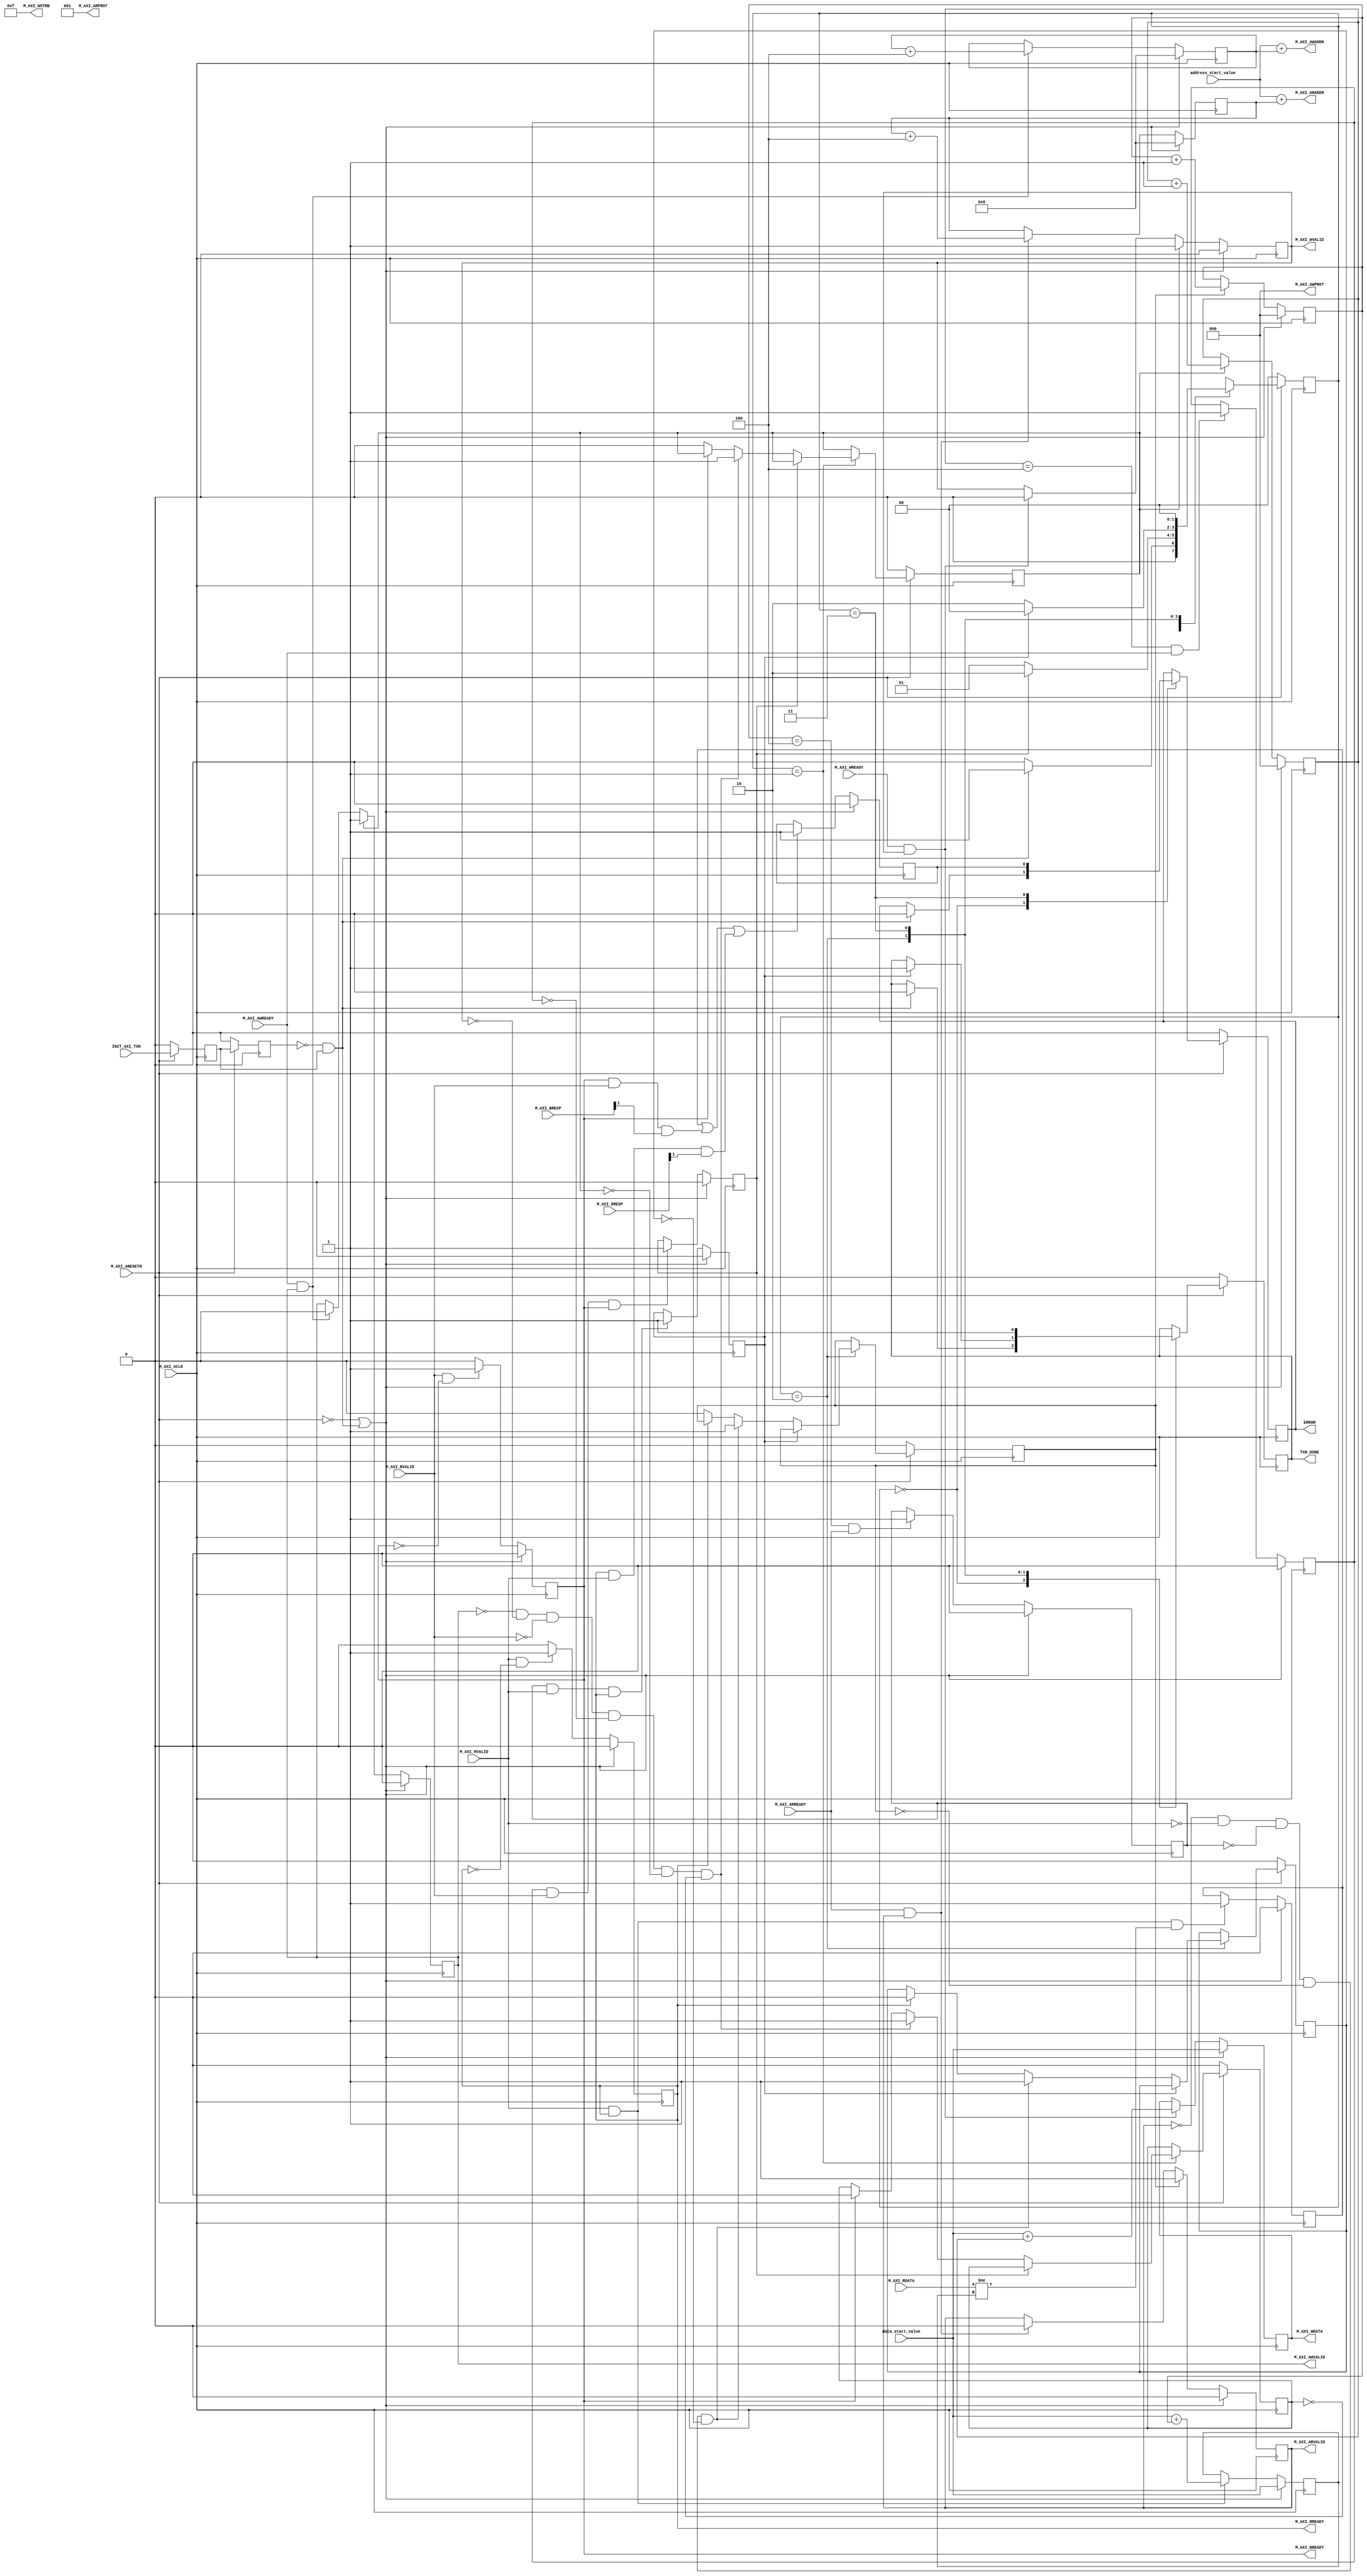

`timescale 1 ns / 1 ps

	module axis_master_ReadWrite_v1_0_M00_AXI #
	(
		// Users to add parameters here

		// User parameters ends
		// Do not modify the parameters beyond this line

		// The master will start generating data from the data_start_value The master requires a target slave base address.
    // The master will initiate read and write transactions on the slave with base address specified here as a parameter.
		// Width of M_AXI address bus. 
    // The master generates the read and write addresses of width specified as C_M_AXI_ADDR_WIDTH.
		parameter integer C_M_AXI_ADDR_WIDTH	= 32,
		// Width of M_AXI data bus. 
    // The master issues write data and accept read data where the width of the data bus is C_M_AXI_DATA_WIDTH
		parameter integer C_M_AXI_DATA_WIDTH	= 32,
		// Transaction number is the number of write 
    // and read transactions the master will perform as a part of this example memory test.
		parameter integer C_M_TRANSACTIONS_NUM	= 4
	)
	(
		// Users to add ports here
    input wire [31:0]address_start_value,
    input wire  [31:0]data_start_value,
		// User ports ends
		// Do not modify the ports beyond this line

		// Initiate AXI transactions
		input wire  INIT_AXI_TXN,
		// Asserts when ERROR is detected
		output reg  ERROR,
		// Asserts when AXI transactions is complete
		output wire  TXN_DONE,
		// AXI clock signal
		input wire  M_AXI_ACLK,
		// AXI active low reset signal
		input wire  M_AXI_ARESETN,
		// Master Interface Write Address Channel ports. Write address (issued by master)
		output wire [C_M_AXI_ADDR_WIDTH-1 : 0] M_AXI_AWADDR,
		// Write channel Protection type.
    // This signal indicates the privilege and security level of the transaction,
    // and whether the transaction is a data access or an instruction access.
		output wire [2 : 0] M_AXI_AWPROT,
		// Write address valid. 
    // This signal indicates that the master signaling valid write address and control information.
		output wire  M_AXI_AWVALID,
		// Write address ready. 
    // This signal indicates that the slave is ready to accept an address and associated control signals.
		input wire  M_AXI_AWREADY,
		// Master Interface Write Data Channel ports. Write data (issued by master)
		output wire [C_M_AXI_DATA_WIDTH-1 : 0] M_AXI_WDATA,
		// Write strobes. 
    // This signal indicates which byte lanes hold valid data.
    // There is one write strobe bit for each eight bits of the write data bus.
		output wire [C_M_AXI_DATA_WIDTH/8-1 : 0] M_AXI_WSTRB,
		// Write valid. This signal indicates that valid write data and strobes are available.
		output wire  M_AXI_WVALID,
		// Write ready. This signal indicates that the slave can accept the write data.
		input wire  M_AXI_WREADY,
		// Master Interface Write Response Channel ports. 
    // This signal indicates the status of the write transaction.
		input wire [1 : 0] M_AXI_BRESP,
		// Write response valid. 
    // This signal indicates that the channel is signaling a valid write response
		input wire  M_AXI_BVALID,
		// Response ready. This signal indicates that the master can accept a write response.
		output wire  M_AXI_BREADY,
		// Master Interface Read Address Channel ports. Read address (issued by master)
		output wire [C_M_AXI_ADDR_WIDTH-1 : 0] M_AXI_ARADDR,
		// Protection type. 
    // This signal indicates the privilege and security level of the transaction, 
    // and whether the transaction is a data access or an instruction access.
		output wire [2 : 0] M_AXI_ARPROT,
		// Read address valid. 
    // This signal indicates that the channel is signaling valid read address and control information.
		output wire  M_AXI_ARVALID,
		// Read address ready. 
    // This signal indicates that the slave is ready to accept an address and associated control signals.
		input wire  M_AXI_ARREADY,
		// Master Interface Read Data Channel ports. Read data (issued by slave)
		input wire [C_M_AXI_DATA_WIDTH-1 : 0] M_AXI_RDATA,
		// Read response. This signal indicates the status of the read transfer.
		input wire [1 : 0] M_AXI_RRESP,
		// Read valid. This signal indicates that the channel is signaling the required read data.
		input wire  M_AXI_RVALID,
		// Read ready. This signal indicates that the master can accept the read data and response information.
		output wire  M_AXI_RREADY
	);

	// function called clogb2 that returns an integer which has the
	// value of the ceiling of the log base 2

	 function integer clogb2 (input integer bit_depth);
		 begin
		 for(clogb2=0; bit_depth>0; clogb2=clogb2+1)
			 bit_depth = bit_depth >> 1;
		 end
	 endfunction

	// TRANS_NUM_BITS is the width of the index counter for 
	// number of write or read transaction.
	 localparam integer TRANS_NUM_BITS = clogb2(C_M_TRANSACTIONS_NUM-1);

	// Example State machine to initialize counter, initialize write transactions, 
	// initialize read transactions and comparison of read data with the 
	// written data words.
	parameter [1:0] IDLE = 2'b00, // This state initiates AXI4Lite transaction 
			// after the state machine changes state to INIT_WRITE   
			// when there is 0 to 1 transition on INIT_AXI_TXN
		INIT_WRITE   = 2'b01, // This state initializes write transaction,
			// once writes are done, the state machine 
			// changes state to INIT_READ 
		INIT_READ = 2'b10, // This state initializes read transaction
			// once reads are done, the state machine 
			// changes state to INIT_COMPARE 
		INIT_COMPARE = 2'b11; // This state issues the status of comparison 
			// of the written data with the read data	

	 reg [1:0] mst_exec_state;

	// AXI4LITE signals
	//write address valid
	reg  	axi_awvalid;
	//write data valid
	reg  	axi_wvalid;
	//read address valid
	reg  	axi_arvalid;
	//read data acceptance
	reg  	axi_rready;
	//write response acceptance
	reg  	axi_bready;
	//write address
	reg [C_M_AXI_ADDR_WIDTH-1 : 0] 	axi_awaddr;
	//write data
	reg [C_M_AXI_DATA_WIDTH-1 : 0] 	axi_wdata;
	//read addresss
	reg [C_M_AXI_ADDR_WIDTH-1 : 0] 	axi_araddr;
	//Asserts when there is a write response error
	wire  	write_resp_error;
	//Asserts when there is a read response error
	wire  	read_resp_error;
	//A pulse to initiate a write transaction
	reg  	start_single_write;
	//A pulse to initiate a read transaction
	reg  	start_single_read;
	//Asserts when a single beat write transaction is issued and remains asserted till the completion of write trasaction.
	reg  	write_issued;
	//Asserts when a single beat read transaction is issued and remains asserted till the completion of read trasaction.
	reg  	read_issued;
	//flag that marks the completion of write trasactions. The number of write transaction is user selected by the parameter C_M_TRANSACTIONS_NUM.
	reg  	writes_done;
	//flag that marks the completion of read trasactions. The number of read transaction is user selected by the parameter C_M_TRANSACTIONS_NUM
	reg  	reads_done;
	//The error register is asserted when any of the write response error, read response error or the data mismatch flags are asserted.
	reg  	error_reg;
	//index counter to track the number of write transaction issued
	reg [TRANS_NUM_BITS : 0] 	write_index;
	//index counter to track the number of read transaction issued
	reg [TRANS_NUM_BITS : 0] 	read_index;
	//Expected read data used to compare with the read data.
	reg [C_M_AXI_DATA_WIDTH-1 : 0] 	expected_rdata;
	//Flag marks the completion of comparison of the read data with the expected read data
	reg  	compare_done;
	//This flag is asserted when there is a mismatch of the read data with the expected read data.
	reg  	read_mismatch;
	//Flag is asserted when the write index reaches the last write transction number
	reg  	last_write;
	//Flag is asserted when the read index reaches the last read transction number
	reg  	last_read;
	reg  	init_txn_ff;
	reg  	init_txn_ff2;
	reg  	init_txn_edge;
	wire  	init_txn_pulse;


	// I/O Connections assignments

	//Adding the offset address to the base addr of the slave
	assign M_AXI_AWADDR	= address_start_value + axi_awaddr;
	//AXI 4 write data
	assign M_AXI_WDATA	= axi_wdata;
	assign M_AXI_AWPROT	= 3'b000;
	assign M_AXI_AWVALID	= axi_awvalid;
	//Write Data(W)
	assign M_AXI_WVALID	= axi_wvalid;
	//Set all byte strobes in this example
	assign M_AXI_WSTRB	= 4'b1111;
	//Write Response (B)
	assign M_AXI_BREADY	= axi_bready;
	//Read Address (AR)
	assign M_AXI_ARADDR	= address_start_value + axi_araddr;
	assign M_AXI_ARVALID	= axi_arvalid;
	assign M_AXI_ARPROT	= 3'b001;
	//Read and Read Response (R)
	assign M_AXI_RREADY	= axi_rready;
	//Example design I/O
	assign TXN_DONE	= compare_done;
	assign init_txn_pulse	= (!init_txn_ff2) && init_txn_ff;


	//Generate a pulse to initiate AXI transaction.
	always @(posedge M_AXI_ACLK)										      
	  begin                                                                        
	    // Initiates AXI transaction delay    
	    if (M_AXI_ARESETN == 0 )                                                   
	      begin                                                                    
	        init_txn_ff <= 1'b0;                                                   
	        init_txn_ff2 <= 1'b0;                                                   
	      end                                                                               
	    else                                                                       
	      begin  
	        init_txn_ff <= INIT_AXI_TXN;
	        init_txn_ff2 <= init_txn_ff;                                                                 
	      end                                                                      
	  end     


	//--------------------
	//Write Address Channel
	//--------------------

	// The purpose of the write address channel is to request the address and 
	// command information for the entire transaction.  It is a single beat
	// of information.

	// Note for this example the axi_awvalid/axi_wvalid are asserted at the same
	// time, and then each is deasserted independent from each other.
	// This is a lower-performance, but simplier control scheme.

	// AXI VALID signals must be held active until accepted by the partner.

	// A data transfer is accepted by the slave when a master has
	// VALID data and the slave acknoledges it is also READY. While the master
	// is allowed to generated multiple, back-to-back requests by not 
	// deasserting VALID, this design will add rest cycle for
	// simplicity.

	// Since only one outstanding transaction is issued by the user design,
	// there will not be a collision between a new request and an accepted
	// request on the same clock cycle. 

	  always @(posedge M_AXI_ACLK)										      
	  begin                                                                        
	    //Only VALID signals must be deasserted during reset per AXI spec          
	    //Consider inverting then registering active-low reset for higher fmax     
	    if (M_AXI_ARESETN == 0 || init_txn_pulse == 1'b1)                                                   
	      begin                                                                    
	        axi_awvalid <= 1'b0;                                                   
	      end                                                                      
	      //Signal a new address/data command is available by user logic           
	    else                                                                       
	      begin                                                                    
	        if (start_single_write)                                                
	          begin                                                                
	            axi_awvalid <= 1'b1;                                               
	          end                                                                  
	     //Address accepted by interconnect/slave (issue of M_AXI_AWREADY by slave)
	        else if (M_AXI_AWREADY && axi_awvalid)                                 
	          begin                                                                
	            axi_awvalid <= 1'b0;                                               
	          end                                                                  
	      end                                                                      
	  end                                                                          
	                                                                               
	                                                                               
	  // start_single_write triggers a new write                                   
	  // transaction. write_index is a counter to                                  
	  // keep track with number of write transaction                               
	  // issued/initiated                                                          
	  always @(posedge M_AXI_ACLK)                                                 
	  begin                                                                        
	    if (M_AXI_ARESETN == 0 || init_txn_pulse == 1'b1)                                                   
	      begin                                                                    
	        write_index <= 0;                                                      
	      end                                                                      
	      // Signals a new write address/ write data is                            
	      // available by user logic                                               
	    else if (start_single_write)                                               
	      begin                                                                    
	        write_index <= write_index + 1;                                        
	      end                                                                      
	  end                                                                          


	//--------------------
	//Write Data Channel
	//--------------------

	//The write data channel is for transfering the actual data.
	//The data generation is speific to the example design, and 
	//so only the WVALID/WREADY handshake is shown here

	   always @(posedge M_AXI_ACLK)                                        
	   begin                                                                         
	     if (M_AXI_ARESETN == 0  || init_txn_pulse == 1'b1)                                                    
	       begin                                                                     
	         axi_wvalid <= 1'b0;                                                     
	       end                                                                       
	     //Signal a new address/data command is available by user logic              
	     else if (start_single_write)                                                
	       begin                                                                     
	         axi_wvalid <= 1'b1;                                                     
	       end                                                                       
	     //Data accepted by interconnect/slave (issue of M_AXI_WREADY by slave)      
	     else if (M_AXI_WREADY && axi_wvalid)                                        
	       begin                                                                     
	        axi_wvalid <= 1'b0;                                                      
	       end                                                                       
	   end                                                                           


	//----------------------------
	//Write Response (B) Channel
	//----------------------------

	//The write response channel provides feedback that the write has committed
	//to memory. BREADY will occur after both the data and the write address
	//has arrived and been accepted by the slave, and can guarantee that no
	//other accesses launched afterwards will be able to be reordered before it.

	//The BRESP bit [1] is used indicate any errors from the interconnect or
	//slave for the entire write burst. This example will capture the error.

	//While not necessary per spec, it is advisable to reset READY signals in
	//case of differing reset latencies between master/slave.

	  always @(posedge M_AXI_ACLK)                                    
	  begin                                                                
	    if (M_AXI_ARESETN == 0 || init_txn_pulse == 1'b1)                                           
	      begin                                                            
	        axi_bready <= 1'b0;                                            
	      end                                                              
	    // accept/acknowledge bresp with axi_bready by the master          
	    // when M_AXI_BVALID is asserted by slave                          
	    else if (M_AXI_BVALID && ~axi_bready)                              
	      begin                                                            
	        axi_bready <= 1'b1;                                            
	      end                                                              
	    // deassert after one clock cycle                                  
	    else if (axi_bready)                                               
	      begin                                                            
	        axi_bready <= 1'b0;                                            
	      end                                                              
	    // retain the previous value                                       
	    else                                                               
	      axi_bready <= axi_bready;                                        
	  end                                                                  
	                                                                       
	//Flag write errors                                                    
	assign write_resp_error = (axi_bready & M_AXI_BVALID & M_AXI_BRESP[1]);


	//----------------------------
	//Read Address Channel
	//----------------------------

	//start_single_read triggers a new read transaction. read_index is a counter to
	//keep track with number of read transaction issued/initiated

	  always @(posedge M_AXI_ACLK)                                                     
	  begin                                                                            
	    if (M_AXI_ARESETN == 0 || init_txn_pulse == 1'b1)                                                       
	      begin                                                                        
	        read_index <= 0;                                                           
	      end                                                                          
	    // Signals a new read address is                                               
	    // available by user logic                                                     
	    else if (start_single_read)                                                    
	      begin                                                                        
	        read_index <= read_index + 1;                                              
	      end                                                                          
	  end                                                                              
	                                                                                   
	  // A new axi_arvalid is asserted when there is a valid read address              
	  // available by the master. start_single_read triggers a new read                
	  // transaction                                                                   
	  always @(posedge M_AXI_ACLK)                                                     
	  begin                                                                            
	    if (M_AXI_ARESETN == 0 || init_txn_pulse == 1'b1)                                                       
	      begin                                                                        
	        axi_arvalid <= 1'b0;                                                       
	      end                                                                          
	    //Signal a new read address command is available by user logic                 
	    else if (start_single_read)                                                    
	      begin                                                                        
	        axi_arvalid <= 1'b1;                                                       
	      end                                                                          
	    //RAddress accepted by interconnect/slave (issue of M_AXI_ARREADY by slave)    
	    else if (M_AXI_ARREADY && axi_arvalid)                                         
	      begin                                                                        
	        axi_arvalid <= 1'b0;                                                       
	      end                                                                          
	    // retain the previous value                                                   
	  end                                                                              


	//--------------------------------
	//Read Data (and Response) Channel
	//--------------------------------

	//The Read Data channel returns the results of the read request 
	//The master will accept the read data by asserting axi_rready
	//when there is a valid read data available.
	//While not necessary per spec, it is advisable to reset READY signals in
	//case of differing reset latencies between master/slave.

	  always @(posedge M_AXI_ACLK)                                    
	  begin                                                                 
	    if (M_AXI_ARESETN == 0 || init_txn_pulse == 1'b1)                                            
	      begin                                                             
	        axi_rready <= 1'b0;                                             
	      end                                                               
	    // accept/acknowledge rdata/rresp with axi_rready by the master     
	    // when M_AXI_RVALID is asserted by slave                           
	    else if (M_AXI_RVALID && ~axi_rready)                               
	      begin                                                             
	        axi_rready <= 1'b1;                                             
	      end                                                               
	    // deassert after one clock cycle                                   
	    else if (axi_rready)                                                
	      begin                                                             
	        axi_rready <= 1'b0;                                             
	      end                                                               
	    // retain the previous value                                        
	  end                                                                   
	                                                                        
	//Flag write errors                                                     
	assign read_resp_error = (axi_rready & M_AXI_RVALID & M_AXI_RRESP[1]);  


	//--------------------------------
	//User Logic
	//--------------------------------

	//Address/Data Stimulus

	//Address/data pairs for this example. The read and write values should
	//match.
	//Modify these as desired for different address patterns.

	  //Write Addresses                                        
	  always @(posedge M_AXI_ACLK)                                  
	      begin                                                     
	        if (M_AXI_ARESETN == 0  || init_txn_pulse == 1'b1)                                
	          begin                                                 
	            axi_awaddr <= 0;                                    
	          end                                                   
	          // Signals a new write address/ write data is         
	          // available by user logic                            
	        else if (M_AXI_AWREADY && axi_awvalid)                  
	          begin                                                 
	            axi_awaddr <= axi_awaddr + 32'h00000004;            
	                                                                
	          end                                                   
	      end                                                       
	                                                                
	  // Write data generation                                      
	  always @(posedge M_AXI_ACLK)                                  
	      begin                                                     
	        if (M_AXI_ARESETN == 0 || init_txn_pulse == 1'b1 )                                
	          begin                                                 
	            axi_wdata <= data_start_value;                  
	          end                                                   
	        // Signals a new write address/ write data is           
	        // available by user logic                              
	        else if (M_AXI_WREADY && axi_wvalid)                    
	          begin                                                 
	            axi_wdata <= data_start_value + write_index;    
	          end                                                   
	        end          	                                       
	                                                                
	  //Read Addresses                                              
	  always @(posedge M_AXI_ACLK)                                  
	      begin                                                     
	        if (M_AXI_ARESETN == 0  || init_txn_pulse == 1'b1)                                
	          begin                                                 
	            axi_araddr <= 0;                                    
	          end                                                   
	          // Signals a new write address/ write data is         
	          // available by user logic                            
	        else if (M_AXI_ARREADY && axi_arvalid)                  
	          begin                                                 
	            axi_araddr <= axi_araddr + 32'h00000004;            
	          end                                                   
	      end                                                       
	                                                                
	                                                                
	                                                                
	  always @(posedge M_AXI_ACLK)                                  
	      begin                                                     
	        if (M_AXI_ARESETN == 0  || init_txn_pulse == 1'b1)                                
	          begin                                                 
	            expected_rdata <= data_start_value;             
	          end                                                   
	          // Signals a new write address/ write data is         
	          // available by user logic                            
	        else if (M_AXI_RVALID && axi_rready)                    
	          begin                                                 
	            expected_rdata <= data_start_value + read_index;
	          end                                                   
	      end                                                       
	  //implement master command interface state machine                         
	  always @ ( posedge M_AXI_ACLK)                                                    
	  begin                                                                             
	    if (M_AXI_ARESETN == 1'b0)                                                     
	      begin                                                                         
	      // reset condition                                                            
	      // All the signals are assigned default values under reset condition          
	        mst_exec_state  <= IDLE;                                            
	        start_single_write <= 1'b0;                                                 
	        write_issued  <= 1'b0;                                                      
	        start_single_read  <= 1'b0;                                                 
	        read_issued   <= 1'b0;                                                      
	        compare_done  <= 1'b0;                                                      
	        ERROR <= 1'b0;
	      end                                                                           
	    else                                                                            
	      begin                                                                         
	       // state transition                                                          
	        case (mst_exec_state)                                                       
	                                                                                    
	          IDLE:                                                             
	          // This state is responsible to initiate 
	          // AXI transaction when init_txn_pulse is asserted 
	            if ( init_txn_pulse == 1'b1 )                                     
	              begin                                                                 
	                mst_exec_state  <= INIT_WRITE;                                      
	                ERROR <= 1'b0;
	                compare_done <= 1'b0;
	              end                                                                   
	            else                                                                    
	              begin                                                                 
	                mst_exec_state  <= IDLE;                                    
	              end                                                                   
	                                                                                    
	          INIT_WRITE:                                                               
	            // This state is responsible to issue start_single_write pulse to       
	            // initiate a write transaction. Write transactions will be             
	            // issued until last_write signal is asserted.                          
	            // write controller                                                     
	            if (writes_done)                                                        
	              begin                                                                 
	                mst_exec_state <= INIT_READ;//                                      
	              end                                                                   
	            else                                                                    
	              begin                                                                 
	                mst_exec_state  <= INIT_WRITE;                                      
	                                                                                    
	                  if (~axi_awvalid && ~axi_wvalid && ~M_AXI_BVALID && ~last_write && ~start_single_write && ~write_issued)
	                    begin                                                           
	                      start_single_write <= 1'b1;                                   
	                      write_issued  <= 1'b1;                                        
	                    end                                                             
	                  else if (axi_bready)                                              
	                    begin                                                           
	                      write_issued  <= 1'b0;                                        
	                    end                                                             
	                  else                                                              
	                    begin                                                           
	                      start_single_write <= 1'b0; //Negate to generate a pulse      
	                    end                                                             
	              end                                                                   
	                                                                                    
	          INIT_READ:                                                                
	            // This state is responsible to issue start_single_read pulse to        
	            // initiate a read transaction. Read transactions will be               
	            // issued until last_read signal is asserted.                           
	             // read controller                                                     
	             if (reads_done)                                                        
	               begin                                                                
	                // mst_exec_state <= INIT_COMPARE;      
	                 mst_exec_state <= IDLE;                                    
	                 compare_done <= 1'b1;                    
	               end                                                                  
	             else                                                                   
	               begin                                                                
	                 mst_exec_state  <= INIT_READ;                                      
	                                                                                    
	                 if (~axi_arvalid && ~M_AXI_RVALID && ~last_read && ~start_single_read && ~read_issued)
	                   begin                                                            
	                     start_single_read <= 1'b1;                                     
	                     read_issued  <= 1'b1;                                          
	                   end                                                              
	                 else if (axi_rready)                                               
	                   begin                                                            
	                     read_issued  <= 1'b0;                                          
	                   end                                                              
	                 else                                                               
	                   begin                                                            
	                     start_single_read <= 1'b0; //Negate to generate a pulse        
	                   end                                                              
	               end                                                                  
	                                                                                    
	           INIT_COMPARE:                                                            
	             begin
	                 // This state is responsible to issue the state of comparison          
	                 // of written data with the read data. If no error flags are set,      
	                 // compare_done signal will be asseted to indicate success.            
	                 ERROR <= error_reg; 
	                 mst_exec_state <= IDLE;                                    
	                 compare_done <= 1'b1;                                              
	             end                                                                  
	           default :                                                                
	             begin                                                                  
	               mst_exec_state  <= IDLE;                                     
	             end                                                                    
	        endcase                                                                     
	    end                                                                             
	  end //MASTER_EXECUTION_PROC                                                       
	                                                                                    
	  //Terminal write count                                                            
	                                                                                    
	  always @(posedge M_AXI_ACLK)                                                      
	  begin                                                                             
	    if (M_AXI_ARESETN == 0 || init_txn_pulse == 1'b1)                                                         
	      last_write <= 1'b0;                                                           
	                                                                                    
	    //The last write should be associated with a write address ready response       
	    else if ((write_index == C_M_TRANSACTIONS_NUM) && M_AXI_AWREADY)                
	      last_write <= 1'b1;                                                           
	    else                                                                            
	      last_write <= last_write;                                                     
	  end                                                                               
	                                                                                    
	  //Check for last write completion.                                                
	                                                                                    
	  //This logic is to qualify the last write count with the final write              
	  //response. This demonstrates how to confirm that a write has been                
	  //committed.                                                                      
	                                                                                    
	  always @(posedge M_AXI_ACLK)                                                      
	  begin                                                                             
	    if (M_AXI_ARESETN == 0 || init_txn_pulse == 1'b1)                                                         
	      writes_done <= 1'b0;                                                          
	                                                                                    
	      //The writes_done should be associated with a bready response                 
	    else if (last_write && M_AXI_BVALID && axi_bready)                              
	      writes_done <= 1'b1;                                                          
	    else                                                                            
	      writes_done <= writes_done;                                                   
	  end                                                                               
	                                                                                    
	//------------------                                                                
	//Read example                                                                      
	//------------------                                                                
	                                                                                    
	//Terminal Read Count                                                               
	                                                                                    
	  always @(posedge M_AXI_ACLK)                                                      
	  begin                                                                             
	    if (M_AXI_ARESETN == 0 || init_txn_pulse == 1'b1)                                                         
	      last_read <= 1'b0;                                                            
	                                                                                    
	    //The last read should be associated with a read address ready response         
	    else if ((read_index == C_M_TRANSACTIONS_NUM) && (M_AXI_ARREADY) )              
	      last_read <= 1'b1;                                                            
	    else                                                                            
	      last_read <= last_read;                                                       
	  end                                                                               
	                                                                                    
	/*                                                                                  
	 Check for last read completion.                                                    
	                                                                                    
	 This logic is to qualify the last read count with the final read                   
	 response/data.                                                                     
	 */                                                                                 
	  always @(posedge M_AXI_ACLK)                                                      
	  begin                                                                             
	    if (M_AXI_ARESETN == 0 || init_txn_pulse == 1'b1)                                                         
	      reads_done <= 1'b0;                                                           
	                                                                                    
	    //The reads_done should be associated with a read ready response                
	    else if (last_read && M_AXI_RVALID && axi_rready)                               
	      reads_done <= 1'b1;                                                           
	    else                                                                            
	      reads_done <= reads_done;                                                     
	    end                                                                             
	                                                                                    
	//-----------------------------                                                     
	//Example design error register                                                     
	//-----------------------------                                                     
	                                                                                    
	//Data Comparison                                                                   
	  always @(posedge M_AXI_ACLK)                                                      
	  begin                                                                             
	    if (M_AXI_ARESETN == 0  || init_txn_pulse == 1'b1)                                                         
	    read_mismatch <= 1'b0;                                                          
	                                                                                    
	    //The read data when available (on axi_rready) is compared with the expected data
	    else if ((M_AXI_RVALID && axi_rready) && (M_AXI_RDATA != expected_rdata))         
	      read_mismatch <= 1'b1;                                                        
	    else                                                                            
	      read_mismatch <= read_mismatch;                                               
	  end                                                                               
	                                                                                    
	// Register and hold any data mismatches, or read/write interface errors            
	  always @(posedge M_AXI_ACLK)                                                      
	  begin                                                                             
	    if (M_AXI_ARESETN == 0  || init_txn_pulse == 1'b1)                                                         
	      error_reg <= 1'b0;                                                            
	                                                                                    
	    //Capture any error types                                                       
	    else if (read_mismatch || write_resp_error || read_resp_error)                  
	      error_reg <= 1'b1;                                                            
	    else                                                                            
	      error_reg <= error_reg;                                                       
	  end                                                                               
	// Add user logic here

	// User logic ends

	endmodule